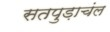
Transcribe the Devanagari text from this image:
सतपुड़ाचंल